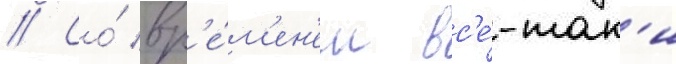
// Со́ вр'е́м'ен'ем вс'е́-так'и